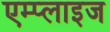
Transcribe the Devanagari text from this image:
एम्प्लाइज